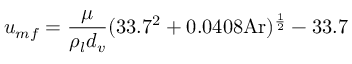
u _ { m f } = { \frac { \mu } { \rho _ { l } d _ { v } } } ( 3 3 . 7 ^ { 2 } + 0 . 0 4 0 8 { \mathrm { A r } } ) ^ { \frac { 1 } { 2 } } - 3 3 . 7